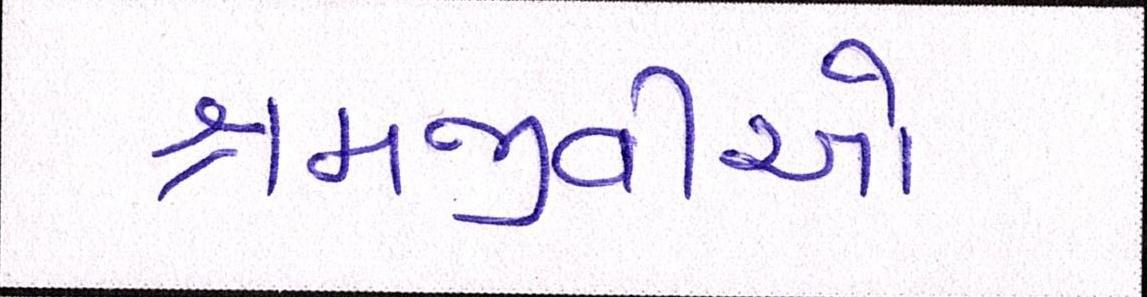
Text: શ્રમજીવીઓ